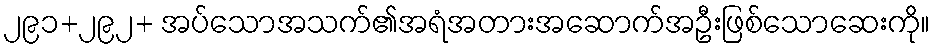
၂၉၁+၂၉၂+ အပ်သောအသက်၏အရံအတားအဆောက်အဦးဖြစ်သောဆေးကို။